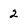
Character: 2